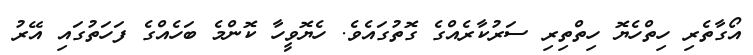
އޯގާތެރި ހިތްހެޔޮ ހިިތްތިރި ސަރުކާރެއްގެ ގޮތުގައެވެ. ހެޔޮވީހާ ކޮންމެ ބަހެއްގެ ފަހަތުގައި އޭރު